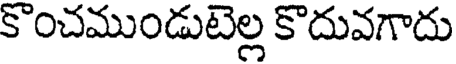
కొంచముండుటెల్ల కొదువగాదు